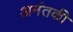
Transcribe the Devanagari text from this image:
अनंतकी